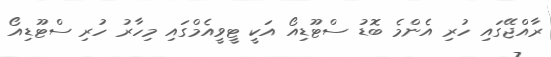
ރާއްޖޭގައި ހުރި އެންމެ ބޮޑު ސްޓޫޑިއޯ އަކީ ޓީވީއެމްގައި މިހާރު ހުރި ސްޓޫޑިއޯ